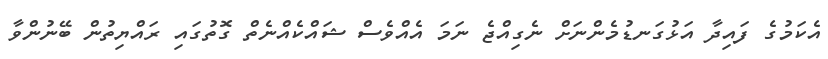
އެކަމުގެ ފައިދާ އަޅުގަނޑުމެންނަށް ނެގިއްޖެ ނަމަ އެއްވެސް ޝައްކެއްނެތް ގޮތުގައި ރައްޔިތުން ބޭނުންވާ